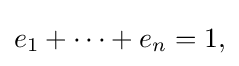
{\textstyle e_{1}+\cdots +e_{n}=1,}